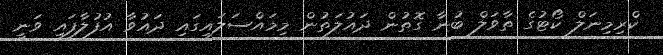
ކްރިމިނަލް ކޯޓުގެ ތާވަލް ބުނާ ގޮތުން ދައުލަތުން މިމައްސަލައިގައި ދައުވާ އުފުލާފައި ވަނީ